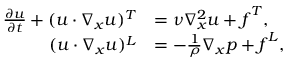
\begin{array} { r l } { \frac { \partial \boldsymbol { u } } { \partial t } + ( \boldsymbol { u } \cdot \nabla _ { \boldsymbol { x } } \boldsymbol { u } ) ^ { T } } & { = \nu \nabla _ { \boldsymbol { x } } ^ { 2 } \boldsymbol { u } + \boldsymbol { f } ^ { T } , } \\ { ( \boldsymbol { u } \cdot \nabla _ { \boldsymbol { x } } \boldsymbol { u } ) ^ { L } } & { = - \frac { 1 } { \rho } \nabla _ { \boldsymbol { x } } p + \boldsymbol { f } ^ { L } , } \end{array}